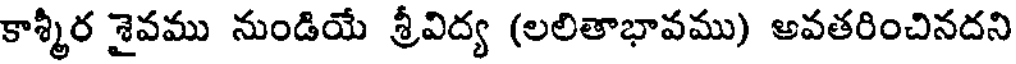
కాశ్మీర శైవము నుండియే శ్రీవిద్య (లలితాభావము) అవతరించినదని